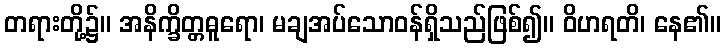
တရားတို့၌။ အနိက္ခိတ္တဓူရော၊ မချအပ်သောဝန်ရှိသည်ဖြစ်၍။ ဝိဟရတိ၊ နေ၏။